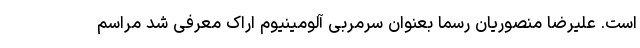
است. علیرضا منصوریان رسما بعنوان سرمربی آلومینیوم اراک معرفی شد مراسم